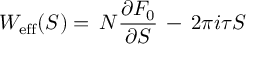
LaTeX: W _ { \mathrm { e f f } } ( S ) = \, N \frac { \partial { \cal F } _ { 0 } } { \partial S } \, - \, 2 \pi i \tau S